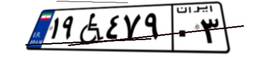
۱۹W۴۷۹۰۳